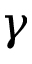
\gamma